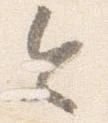
令